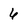
Character: 6